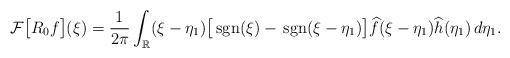
LaTeX: \begin{align*}\mathcal{F}\big[R_0f\big](\xi)=\frac{1}{2\pi}\int_{\mathbb{R}}(\xi-\eta_1)\big[\,\mathrm{sgn}(\xi)-\,\mathrm{sgn}(\xi-\eta_1)\big]\widehat{f}(\xi-\eta_1)\widehat{h}(\eta_1)\, d\eta_1.\end{align*}